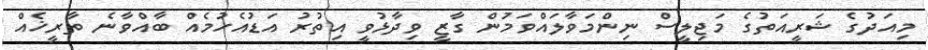
މިއަދުގެ ޝަރީއަތުގެ މަޖިލީސް ނިންމަވާލައްވަމުން ގާޒީ ވިދާޅުވީ އިތުރު އަޑުއެހުމެއް ބާއްވާނެ ތާރީޚެއް